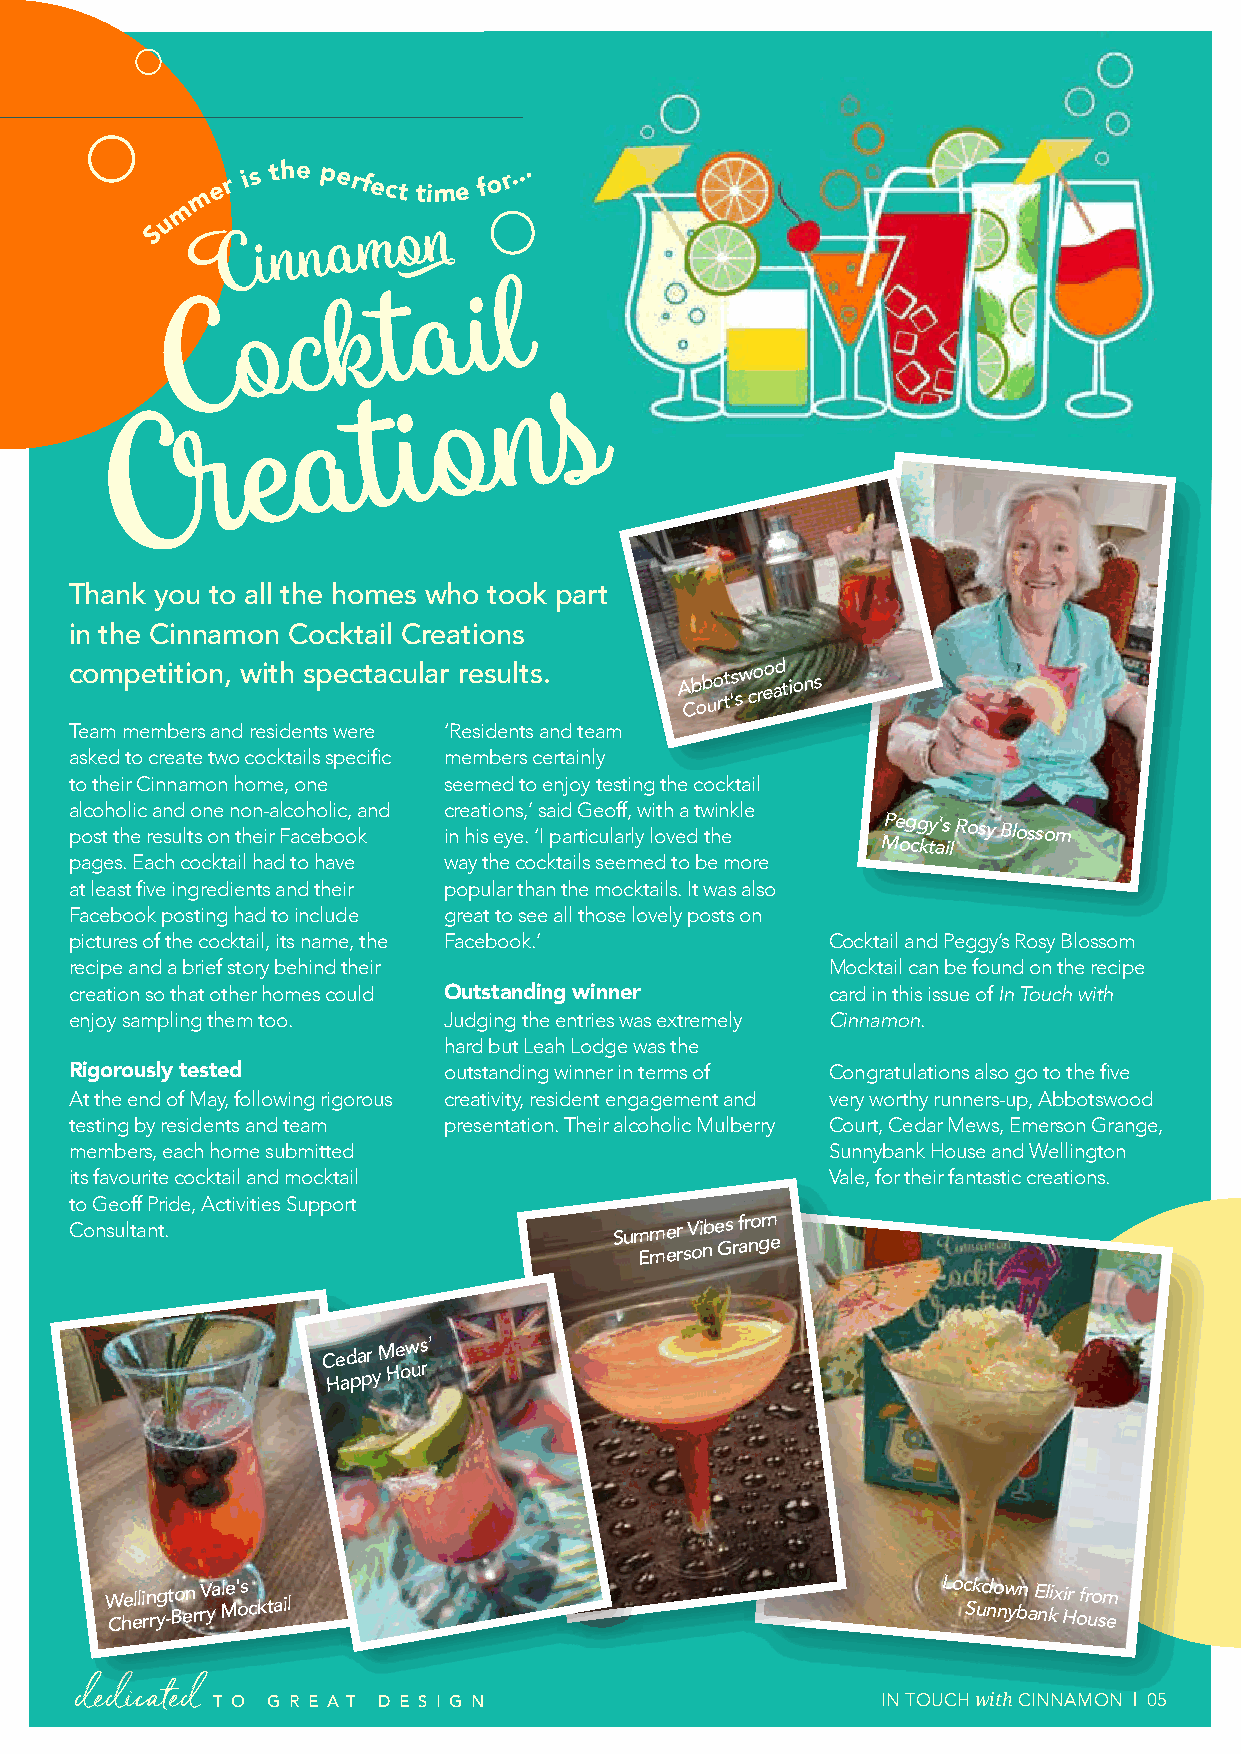
HELLO and WELCOME m e r
 is the perfect
 time f o
 r...
 m
 u
 S
 C   i n n a m o n
 a   i l
 C    o  c  k  t
 s
 n
 o
 a   t  i
 e
 r
 C
 Thank you to all the homes who took part
 in the Cinnamon Cocktail Creations
 competition, with spectacular results.  A Cb ob uo rtt 's sw co reo ad t ions
 Team members and residents were ‘Residents and team
 asked to create two cocktails specific members certainly
 to their Cinnamon home, one seemed to enjoy testing the cocktail
 alcoholic and one non-alcoholic, and creations,’ said Geoff, with a twinkle
 post the results on their Facebook in his eye. ‘I particularly loved the
 Peggy's
 Rosy Blossom
 Mocktail
 pages. Each cocktail had to have way the cocktails seemed to be more
 at least five ingredients and their popular than the mocktails. It was also
 Facebook posting had to include great to see all those lovely posts on
 pictures of the cocktail, its name, the Facebook.’ Cocktail and Peggy’s Rosy Blossom
 recipe and a brief story behind their             Mocktail can be found on the recipe
 creation so that other homes could Outstanding winner card in this issue of In Touch with
 enjoy sampling them too. Judging the entries was extremely Cinnamon.
 hard but Leah Lodge was the
 Rigorously tested       outstanding winner in terms of Congratulations also go to the five
 At the end of May, following rigorous creativity, resident engagement and very worthy runners-up, Abbotswood
 testing by residents and team presentation. Their alcoholic Mulberry Court, Cedar Mews, Emerson Grange,
 members, each home submitted                      Sunnybank House and Wellington
 its favourite cocktail and mocktail               Vale, for their fantastic creations.
 to Geoff Pride, Activities Support
 Consultant.                         Sum Em me er
 r
 sV oi nb e Gs
 r
 f ar no gm
 e
 Cedar
 Mews'
 Happy
 Hour
 W Che elli rn ryg -t Bo en
 r
 rV ya Mle' os c ktail                            Loc Sk ud no nw ybn
 a
 E nl kix Hir ofr uo sm
 e
 dedicated T O G R E A T D E S I G N                  IN TOUCH with CINNAMON | 05